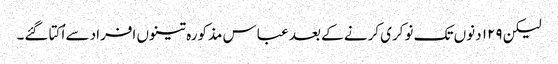
لیکن ۱۲۹ دنوں تک نوکری کرنے کے بعد عباس مذکورہ تینوں افراد سے اُکتا گئے۔